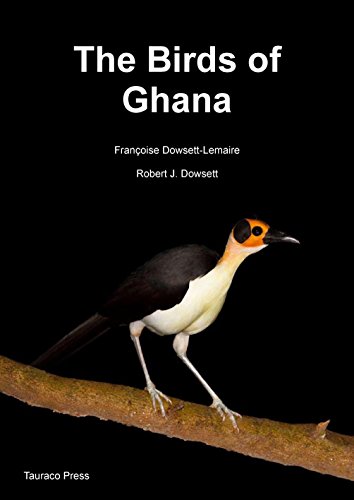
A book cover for The Birds of Ghana: An Atlas and Handbook; Dowsett-Lemaire; Travel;